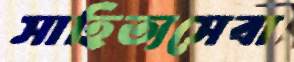
সাহিত্যসেবা